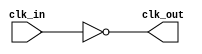
module InvertingClockBuffer (
    input wire clk_in,   // Input clock signal
    output wire clk_out   // Inverted output clock signal
);

// Invert the input clock signal
assign clk_out = ~clk_in;

endmodule